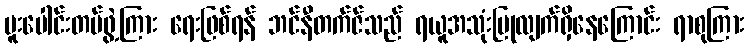
ပူးပေါင်းတပ်ဖွဲ့ကြား ရေးဖြစ်ရန် ဘင်နီတက်ဇ်သည် ရယူအသုံးပြုလျက်ရှိနေကြောင်း ရာစုကြား